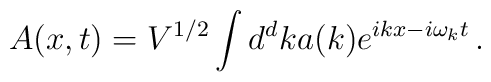
A(x,t) = V^{1/2} \int d^dk a(k) e^{ikx-i\omega_k t} \, .